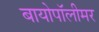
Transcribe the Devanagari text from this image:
बायोपॉलीमर